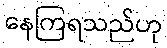
နေကြရသည်ဟု